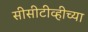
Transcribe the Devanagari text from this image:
सीसीटीव्हीच्या